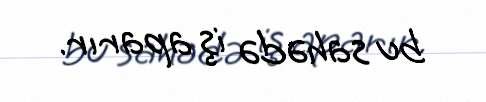
bu sahədə iş aparır.